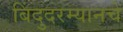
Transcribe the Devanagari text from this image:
बिंदुदरम्यानचे